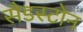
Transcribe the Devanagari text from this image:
सैडस्टोन